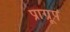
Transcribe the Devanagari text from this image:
प्राग्रूप